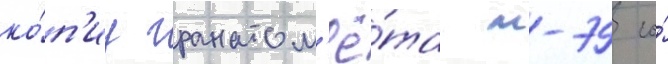
ко́п'иу гранатом'ё́та м-79 со́